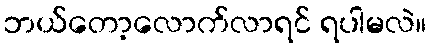
ဘယ်တော့လောက်လာရင် ရပါမလဲ။